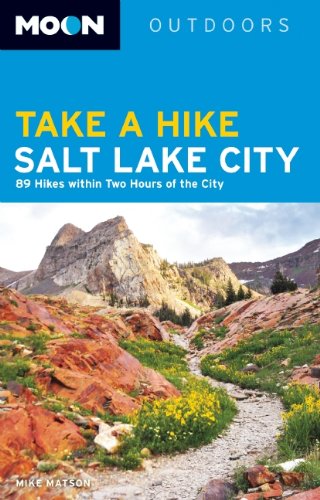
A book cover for Moon Take a Hike Salt Lake City: 75 Hikes within Two Hours of the City (Moon Outdoors); Mike Matson; Travel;